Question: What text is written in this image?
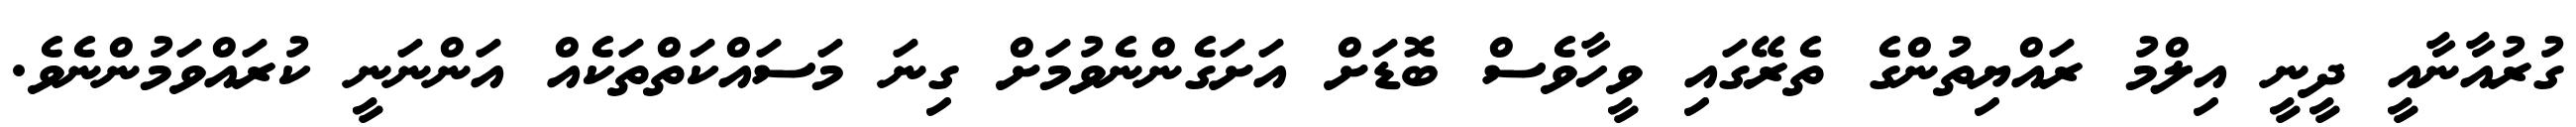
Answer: ގުރުއާނާއީ ދީނީ އިލްމު ރައްޔިތުންގެ ތެރޭގައި ވީހާވެސް ބޮޑަށް އަށަގެންނެވުމަށް ގިނަ މަސައްކަތްތަކެއް އަންނަނީ ކުރައްވަމުންނެވެ.